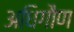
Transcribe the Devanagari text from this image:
अधिगौण